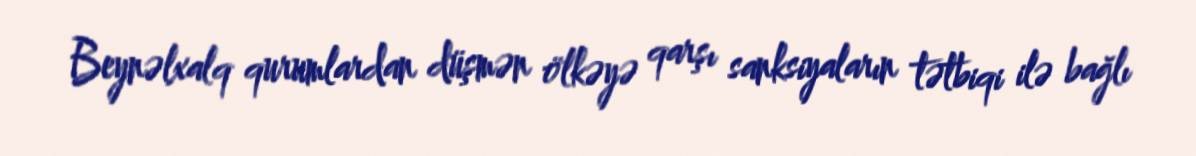
Beynəlxalq qurumlardan düşmən ölkəyə qarşı sanksiyaların tətbiqi ilə bağlı